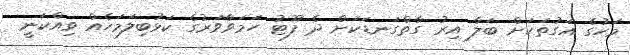
މަހުގެ އަގުތަކަށް ބަލާ އިރު ގާތްގަނޑަކަށް ދެ ފޫޓު ހަމަވާވަރުގެ ކަޅުބިލަމަހެއް ވިއްކަނީ